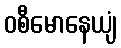
ဝစီမောနေယျံ